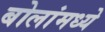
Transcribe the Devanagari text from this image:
बोलांमध्ये